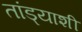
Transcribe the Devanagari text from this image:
तांड्याशी